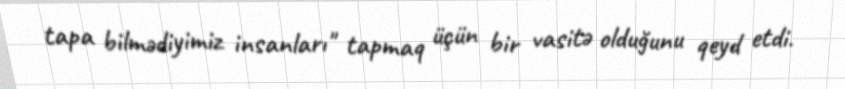
tapa bilmədiyimiz insanları" tapmaq üçün bir vasitə olduğunu qeyd etdi.